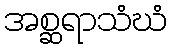
အစ္ဆရာသံဃံ